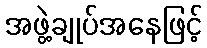
အဖွဲ့ချုပ်အနေဖြင့်